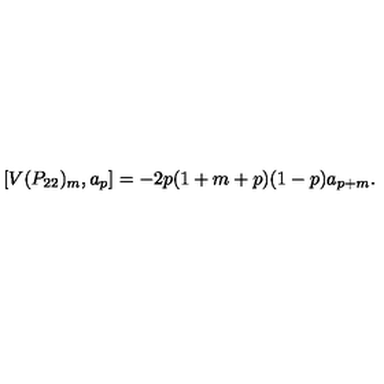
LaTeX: [ V ( P _ { 2 2 } ) _ { m } , a _ { p } ] = - 2 p ( 1 + m + p ) ( 1 - p ) a _ { p + m } .